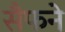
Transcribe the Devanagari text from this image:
सैफने